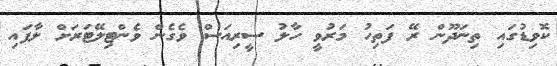
ކޮވިޑުގައި ތިނަދޫން ރޭ ފަތިހު މަރުވީ ހާލު ސީރިއަސް ވެގެން ވެންޓިލޭޓަރަށް ލާފައި